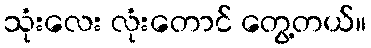
သုံးလေး လုံးတောင် တွေ့တယ်။